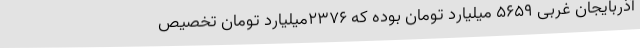
آذربایجان غربی 5659 میلیارد تومان بوده که 2376میلیارد تومان تخصیص